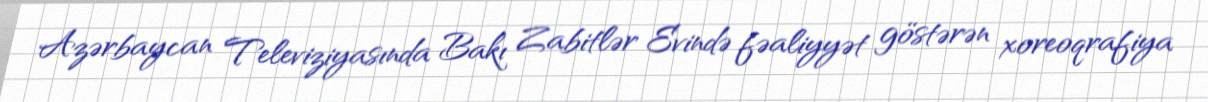
Azərbaycan Televiziyasında Bakı Zabitlər Evində fəaliyyət göstərən xoreoqrafiya